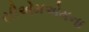
સીએમએમના